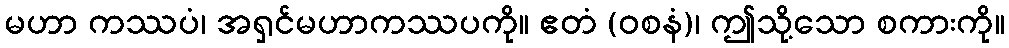
မဟာ ကဿပံ၊ အရှင်မဟာကဿပကို။ ဧတံ (ဝစနံ)၊ ဤသို့သော စကားကို။